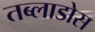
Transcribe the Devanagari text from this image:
तब्लाडोस